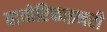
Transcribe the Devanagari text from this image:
बायोरिफाइनरी